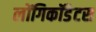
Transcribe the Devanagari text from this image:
लोंगिकॉडेटस